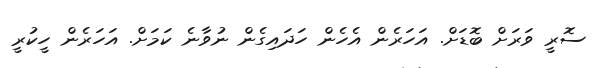
ސޮރީ ވަރަށްް ބޮޑަށް. އަހަރެން އެހެން ހަދައިގެން ނުވާނެ ކަމަށް. އަހަރެން ހީކުރީ